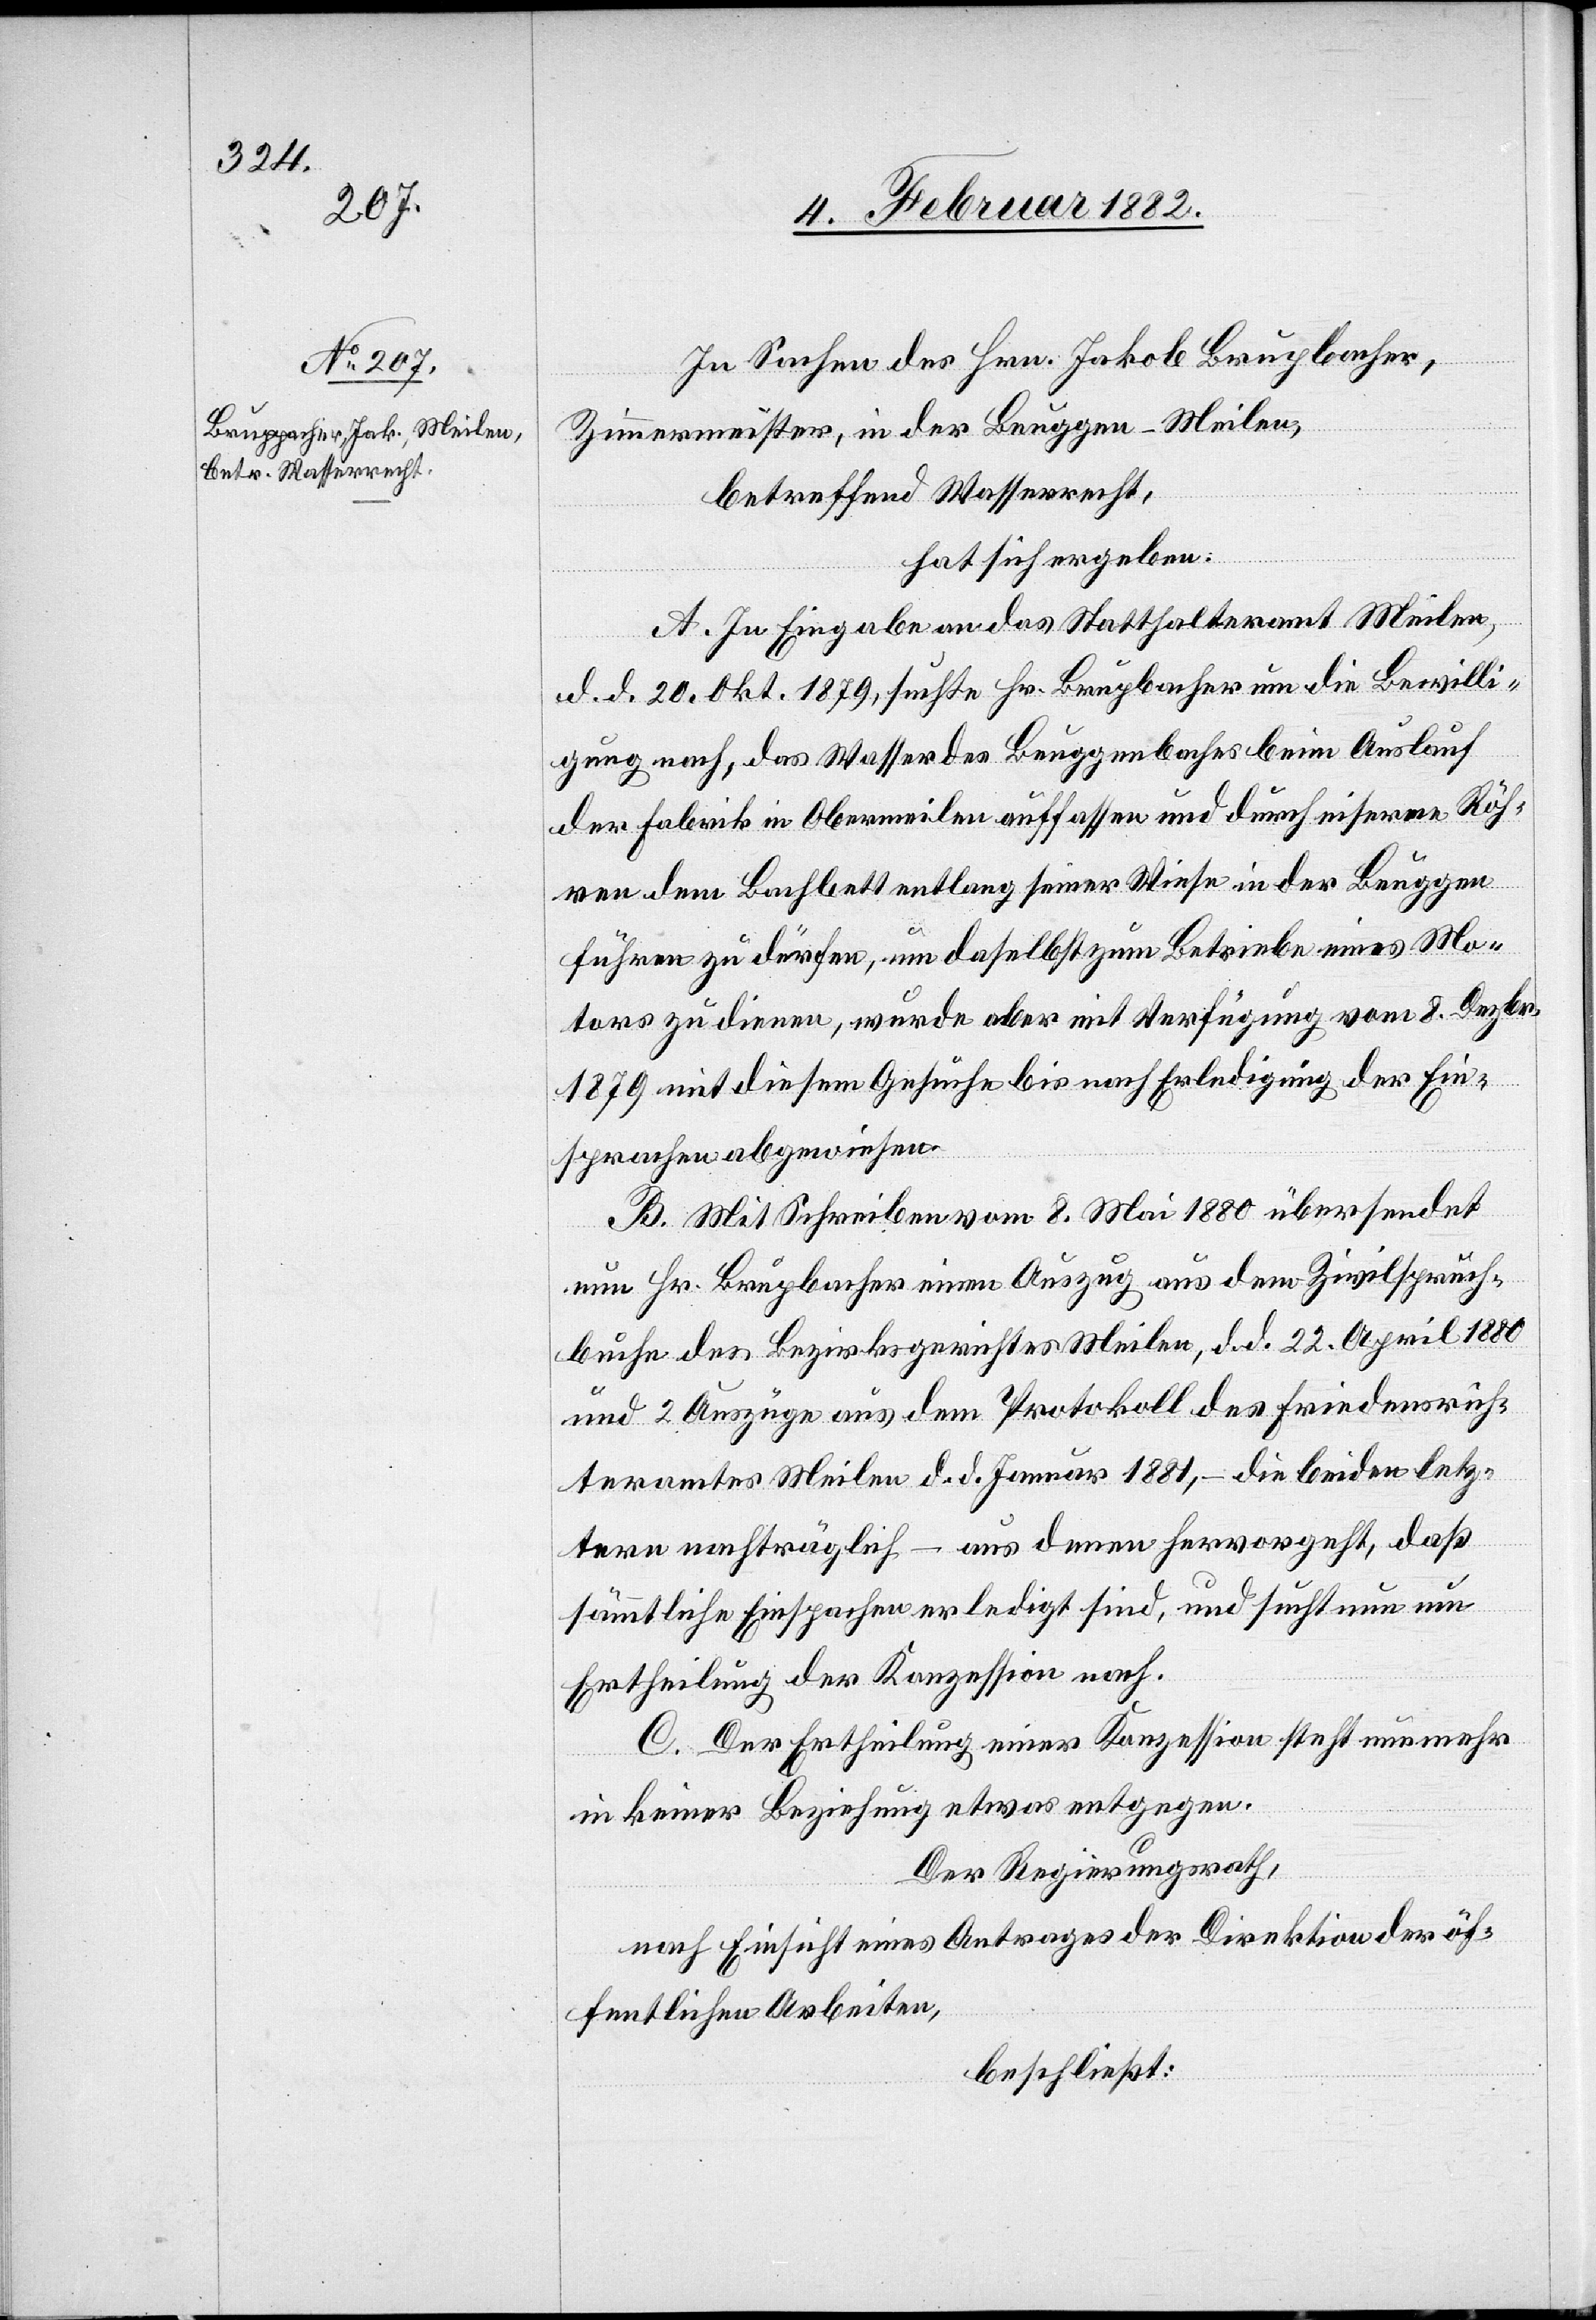
In Sachen des Hrn. Jakob Brupbacher,
Zimmermeister, in der Beuggen - Meilen,
betreffend Wasserrecht,
hat sich ergeben:
A. In Eingabe an das Statthalteramt Meilen,
d. d. 20. Okt. 1879, sucht H. Brupbacher [sic!] um die Bewilli¬
gung nach, das Wasser des Beuggenbaches beim Auslauf
der Fabrik in Obermeilen auffassen und durch eiserne Röh¬
ren dem Bachbett entlang seiner Weise in der Beuggen
führen zu dürfen, um daselbst zum Betriebe eines Mo¬
tors zu dienen, wurde aber mit Verfügung vom 8. Dezbr.
1879 mit diesem Gesuche bis nach Erledigung der Ein¬
sprachen abgewiesen.
B. Mit Schreiben vom 8. Mai 1880 übersendet
nun Hr. Brupbacher einen Auszug aus dem Zivilspruch¬
buche des Bezirksgerichtes Meilen, d. d. 22. April 1880
und 2 Auszüge aus dem Protokoll des Friedenrich¬
teramtes Meilen d. d. Januar 1881, – die beiden letz¬
tern nachträglich – aus denen hervorgeht, daß
sämmtliche Einsprachen erledigt sind, und sucht nun um
Ertheilung der Konzession nach.
C. Der Ertheilung einer Konzession steht nunmehr
in keiner Beziehung etwas entgegen.
Der Regierungsrath,
nach Einsicht eines Antrages der Direktion der öf¬
fentlichen Arbeiten,
beschließt: